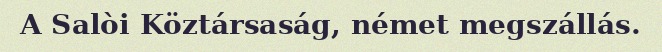
A Salòi Köztársaság, német megszállás.